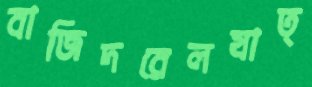
বাজিদরেলযাত্